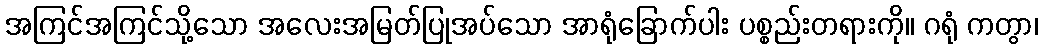
အကြင်အကြင်သို့သော အလေးအမြတ်ပြုအပ်သော အာရုံခြောက်ပါး ပစ္စည်းတရားကို။ ဂရုံ ကတွာ၊